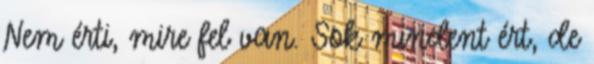
Nem érti, mire fel van. Sok mindent ért, de